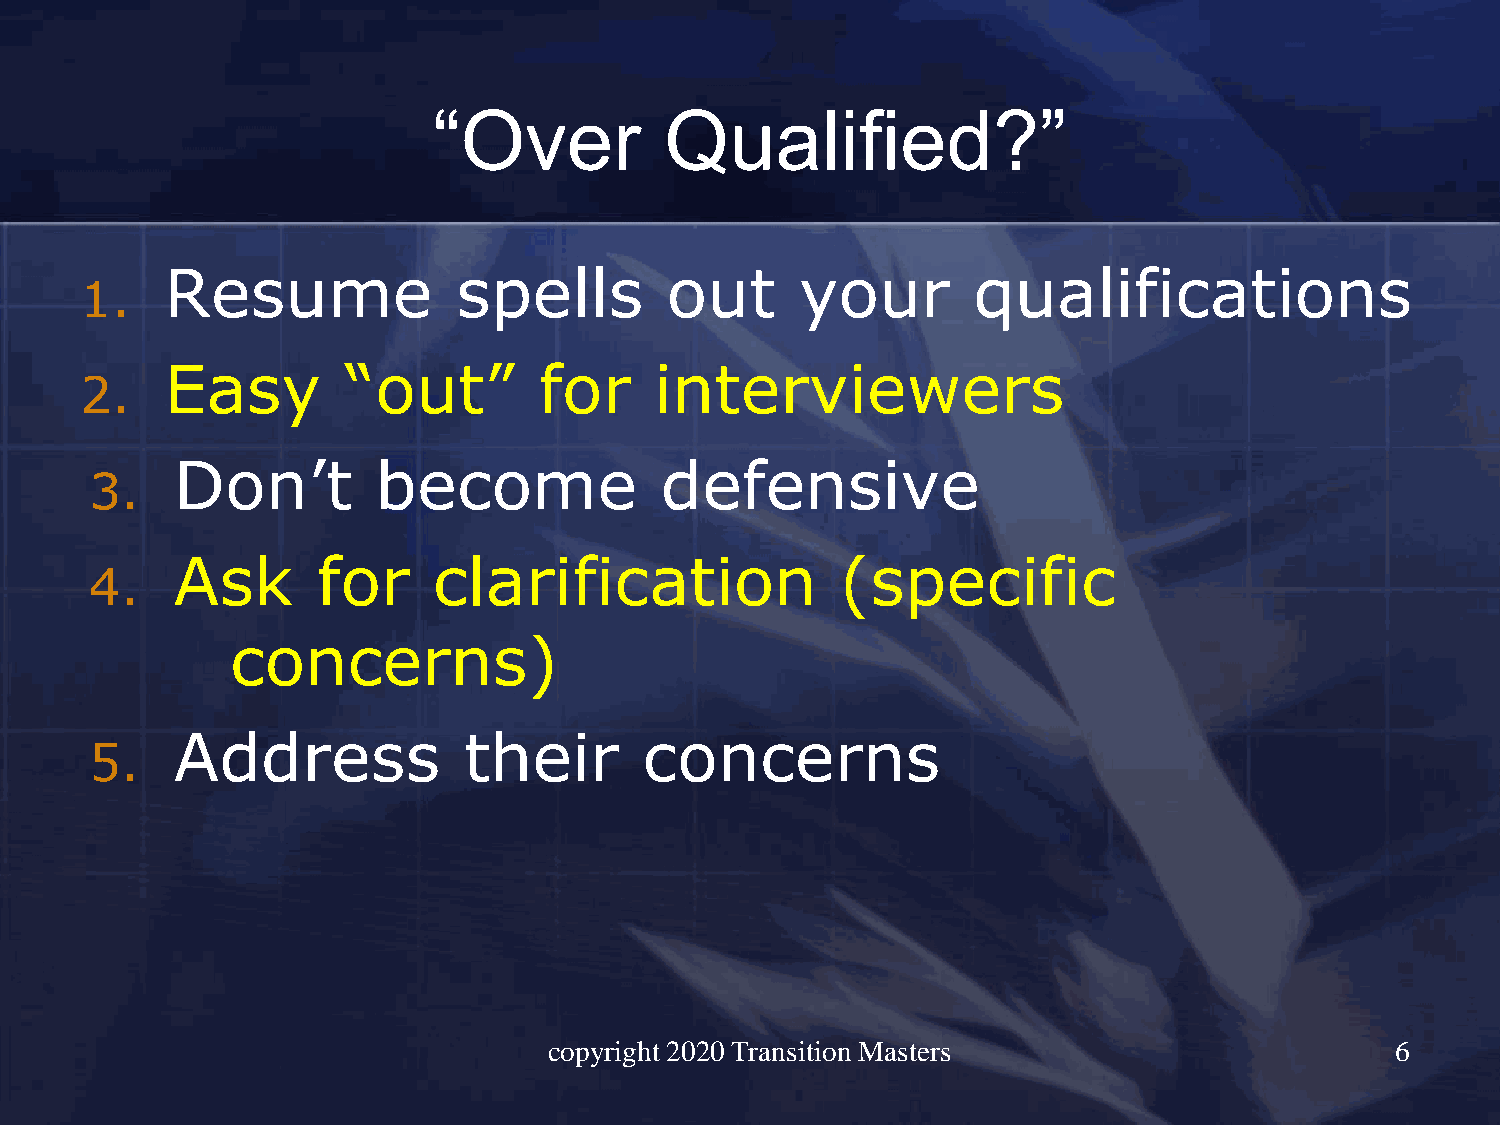
“Over          Qualified?”
 Resume             spells        out      your       qualifications
 1.
 Easy        “out”        for    interviewers
 2.
 Don’t         become             defensive
 3.
 Ask       for     clarification              (specific
 4.
 concerns)
 Address             their       concerns
 5.
 copyright 2020 Transition Masters                       6